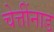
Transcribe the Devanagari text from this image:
चेत्तींनाड